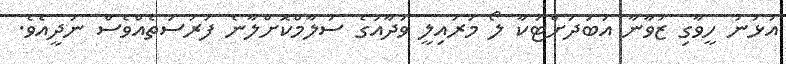
އުޅުނު ހީވާގި ޒުވާނާ އަބަދަށްޓަކާ ލޯ މަރައިލީ ވަދާއުގެ ސަލާމްކޮށްލާނެ ފުރުސަތެއްވެސް ނުދީއެވެ.